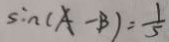
\sin ( A - B ) = \frac { 1 } { 5 }